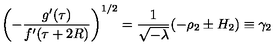
\left( - \frac { g ^ { \prime } ( \tau ) } { f ^ { \prime } ( \tau + 2 R ) } \right) ^ { 1 / 2 } = \frac { 1 } { \sqrt { - \lambda } } ( - \rho _ { 2 } \pm H _ { 2 } ) \equiv \gamma _ { 2 }